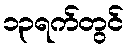
၁၃ရက်တွင်